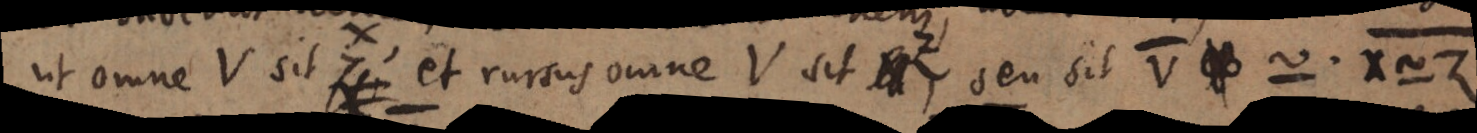
ut omne V sit Z, et rursus omne V sit Z, seu sit V _ ~ · X ~ Z